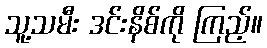
သူ့သမီး ဒင်းနိစ်ကို ကြည့်။